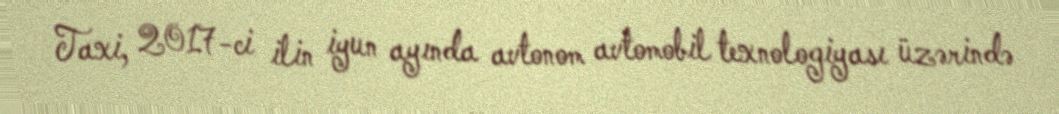
Taxi, 2017-ci ilin iyun ayında avtonom avtomobil texnologiyası üzərində